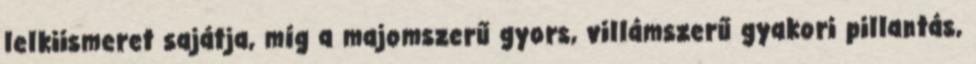
lelkiismeret sajátja, míg a majomszerű gyors, villámszerű gyakori pillantás,